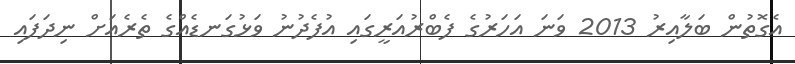
އެގޮތުން ބަލާއިރު 2013 ވަަނަ އަހަރުގެ ފެބްރުއަރީގައި އުފެދުނު ވަޅުގަނޑެއްގެ ތެރެއަށް ނިދަފައި